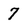
Character: 7